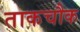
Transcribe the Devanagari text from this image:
ताकचौक